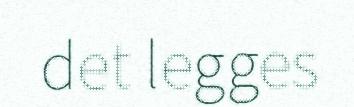
det legges